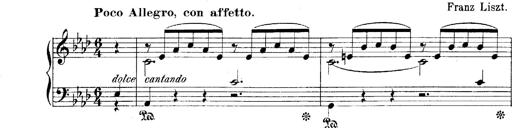
Title: LiebestrÃ¤ume
Composer: Franz Behr
Key: E-flat major